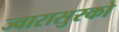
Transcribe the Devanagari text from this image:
ज्वारासुरको